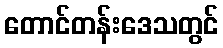
တောင်တန်းဒေသတွင်